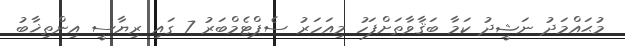
މުޙައްމަދު ނަޝީދު ކަމާ ބަޤާވާތަށްފަހު މިއަހަރު ސެޕްޓެމްބަރު 7 ގައި ރިޔާސީ އިންތިޚާބު